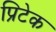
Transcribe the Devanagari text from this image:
प्रिटेक